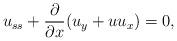
LaTeX: \begin{align*}u_{ss}+\frac{\partial}{\partial x}(u_{y}+uu_x)=0, \end{align*}